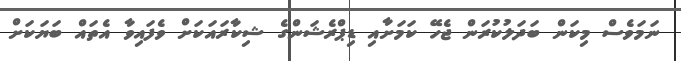
ނަމަވެސް މިކަން ބަދަލުކުރަން ޖެހޭ ކަމަަށާއި ޑިޕްރެޝަންގެ ޝިކާރައަކަށް ވެފައިވާ އެތައް ބަޔަކަށް